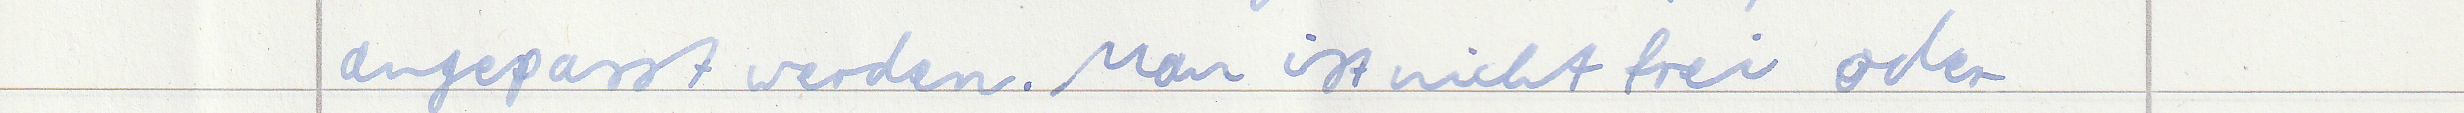
angepasst werden. Man ist nicht frei oder